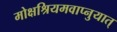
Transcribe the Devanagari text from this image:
मोक्षश्रियमवाप्नुयात्